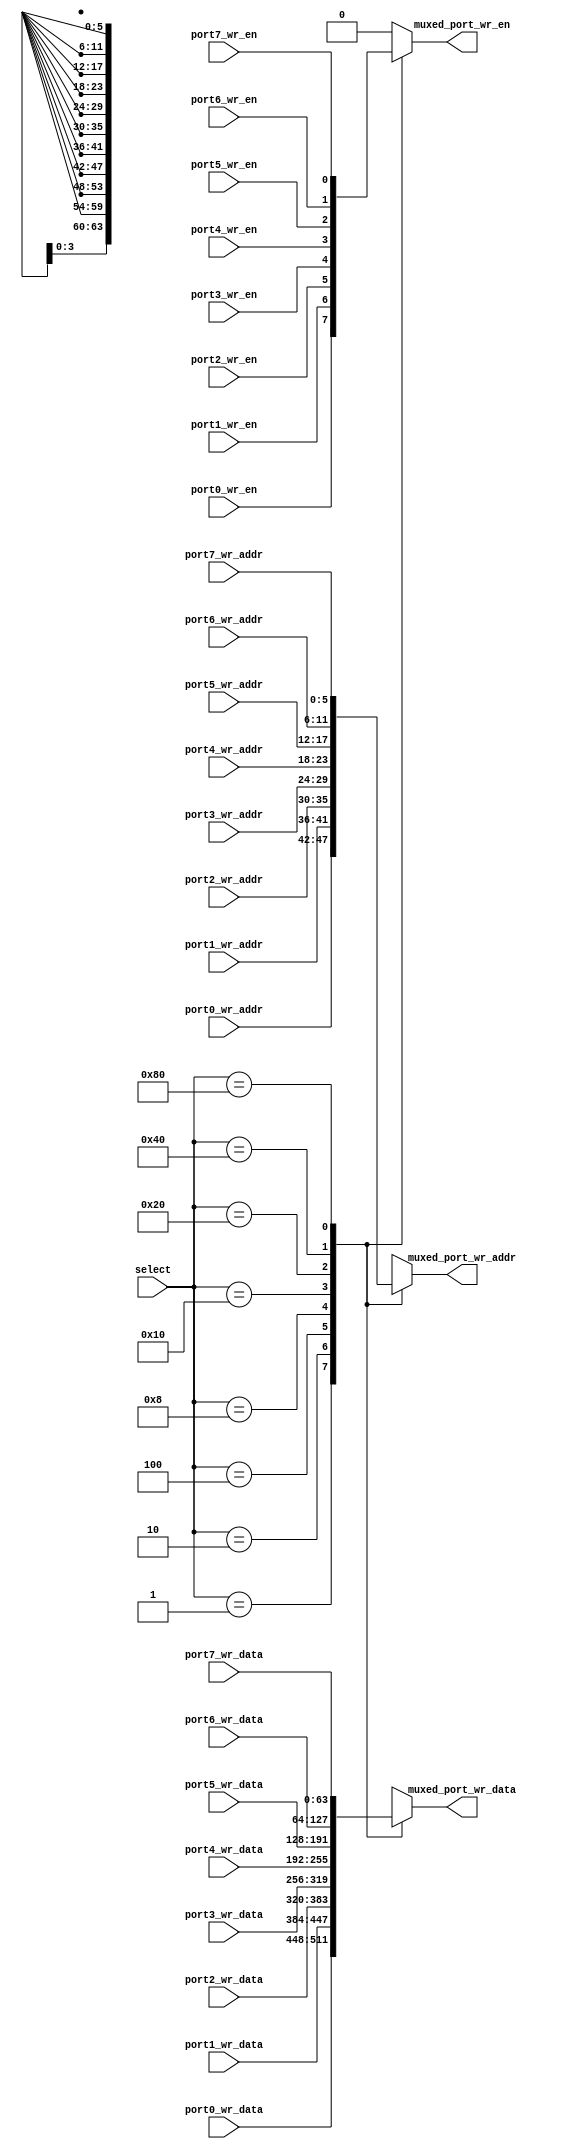
// This program was cloned from: https://github.com/VerticalResearchGroup/miaow
// License: BSD 3-Clause "New" or "Revised" License

module wr_port_40x64b_8_to_1 (
   select,

   port0_wr_en,
   port0_wr_addr,
   port0_wr_data,

   port1_wr_en,
   port1_wr_addr,
   port1_wr_data,

   port2_wr_en,
   port2_wr_addr,
   port2_wr_data,

   port3_wr_en,
   port3_wr_addr,
   port3_wr_data,

   port4_wr_en,
   port4_wr_addr,
   port4_wr_data,

   port5_wr_en,
   port5_wr_addr,
   port5_wr_data,

   port6_wr_en,
   port6_wr_addr,
   port6_wr_data,

   port7_wr_en,
   port7_wr_addr,
   port7_wr_data,

   muxed_port_wr_en,
   muxed_port_wr_addr,
   muxed_port_wr_data
);

   output muxed_port_wr_en;
   output [5:0] muxed_port_wr_addr;
   output [63:0] muxed_port_wr_data;

   input [7:0] select;

   input port0_wr_en;
   input [5:0] port0_wr_addr;
   input [63:0] port0_wr_data;

   input port1_wr_en;
   input [5:0] port1_wr_addr;
   input [63:0] port1_wr_data;

   input port2_wr_en;
   input [5:0] port2_wr_addr;
   input [63:0] port2_wr_data;

   input port3_wr_en;
   input [5:0] port3_wr_addr;
   input [63:0] port3_wr_data;

   input port4_wr_en;
   input [5:0] port4_wr_addr;
   input [63:0] port4_wr_data;

   input port5_wr_en;
   input [5:0] port5_wr_addr;
   input [63:0] port5_wr_data;

   input port6_wr_en;
   input [5:0] port6_wr_addr;
   input [63:0] port6_wr_data;

   input port7_wr_en;
   input [5:0] port7_wr_addr;
   input [63:0] port7_wr_data;

   reg muxed_port_wr_en;
   reg [5:0] muxed_port_wr_addr;
   reg [63:0] muxed_port_wr_data;

   always @ ( select or
      port0_wr_en or port1_wr_en or port2_wr_en or port3_wr_en or port4_wr_en or
      port5_wr_en or port6_wr_en or port7_wr_en or
      port0_wr_addr or port1_wr_addr or port2_wr_addr or port3_wr_addr or
      port4_wr_addr or port5_wr_addr or port6_wr_addr or port7_wr_addr or
      port0_wr_data or port1_wr_data or port2_wr_data or port3_wr_data or
      port4_wr_data or port5_wr_data or port6_wr_data or port7_wr_data)
    begin
       casex(select)
         8'b00000001:
           begin
             muxed_port_wr_en <= port0_wr_en;
             muxed_port_wr_addr <= port0_wr_addr;
             muxed_port_wr_data <= port0_wr_data;
           end
         8'b00000010:
           begin
             muxed_port_wr_en <= port1_wr_en;
             muxed_port_wr_addr <= port1_wr_addr;
             muxed_port_wr_data <= port1_wr_data;
           end
         8'b00000100:
           begin
             muxed_port_wr_en <= port2_wr_en;
             muxed_port_wr_addr <= port2_wr_addr;
             muxed_port_wr_data <= port2_wr_data;
           end
         8'b00001000:
           begin
             muxed_port_wr_en <= port3_wr_en;
             muxed_port_wr_addr <= port3_wr_addr;
             muxed_port_wr_data <= port3_wr_data;
           end
         8'b00010000:
           begin
             muxed_port_wr_en <= port4_wr_en;
             muxed_port_wr_addr <= port4_wr_addr;
             muxed_port_wr_data <= port4_wr_data;
           end
         8'b00100000:
           begin
             muxed_port_wr_en <= port5_wr_en;
             muxed_port_wr_addr <= port5_wr_addr;
             muxed_port_wr_data <= port5_wr_data;
           end
         8'b01000000:
           begin
             muxed_port_wr_en <= port6_wr_en;
             muxed_port_wr_addr <= port6_wr_addr;
             muxed_port_wr_data <= port6_wr_data;
           end
         8'b10000000:
           begin
             muxed_port_wr_en <= port7_wr_en;
             muxed_port_wr_addr <= port7_wr_addr;
             muxed_port_wr_data <= port7_wr_data;
           end
         8'b00000000:
           begin
             muxed_port_wr_en <= 1'b0;
             muxed_port_wr_addr <= {6{1'bx}};
             muxed_port_wr_data <= {64{1'bx}};
           end
         default:
           begin
             muxed_port_wr_en <= 1'b0;
             muxed_port_wr_addr <= {6{1'bx}};
             muxed_port_wr_data <= {64{1'bx}};
           end
       endcase
  end

endmodule